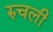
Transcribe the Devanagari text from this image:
रुचली